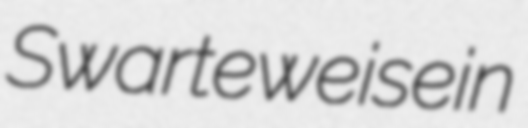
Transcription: Swarteweisein